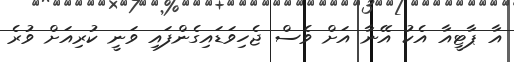
އާ ޕާޓީއާ އެކު އޭނާ އަށް ވެސް ޖެހިވަޑައިގެންފައި ވަނީ ކުރިއަށް ވުރެ